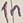
Text: 1n